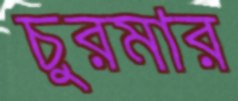
চুরমার